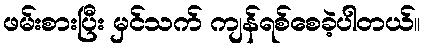
ဖမ်းစားပြီး မှင်သက် ကျန်ရစ်စေခဲ့ပါတယ်။